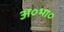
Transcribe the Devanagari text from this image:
अ०भा०